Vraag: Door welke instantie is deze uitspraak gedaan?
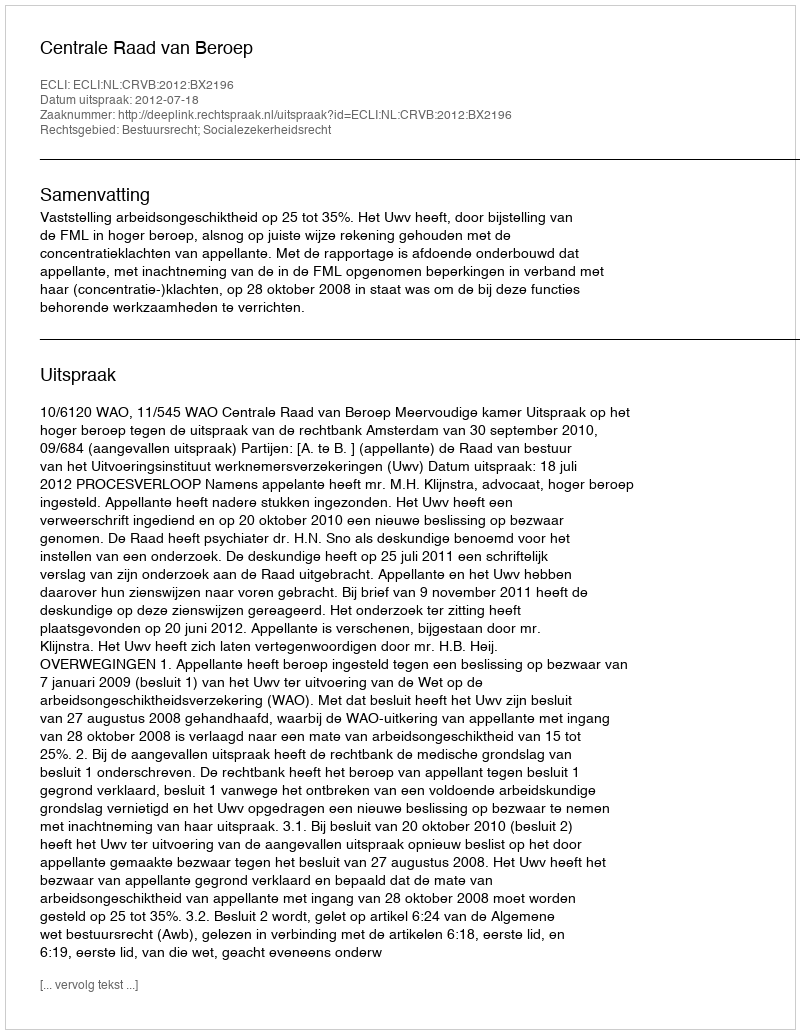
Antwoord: Centrale Raad van Beroep